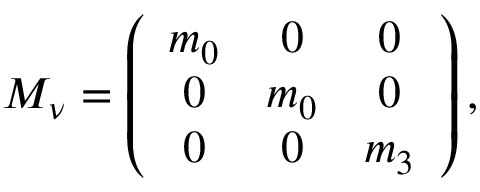
{ \cal M } _ { \nu } = \left( \begin{array} { c c c } { { m _ { 0 } } } & { { 0 } } & { { 0 } } \\ { { 0 } } & { { m _ { 0 } } } & { { 0 } } \\ { { 0 } } & { { 0 } } & { { m _ { 3 } } } \end{array} \right) ,